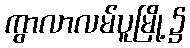
ကွာလာလမ်ပူမြို့၌